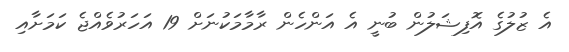
އެ ޒުލުގެ އޮފިޝަލުން ބުނީ އެ އަންހެން ރާމާމަކުނަށް 19 އަހަރުވެއްޖެ ކަމަށާއި